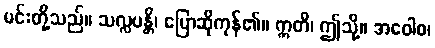
မင်းတို့သည်။ သလ္လပန္တိ၊ ပြောဆိုကုန်၏။ ဣတိ၊ ဤသို့။ အဝေါစ၊